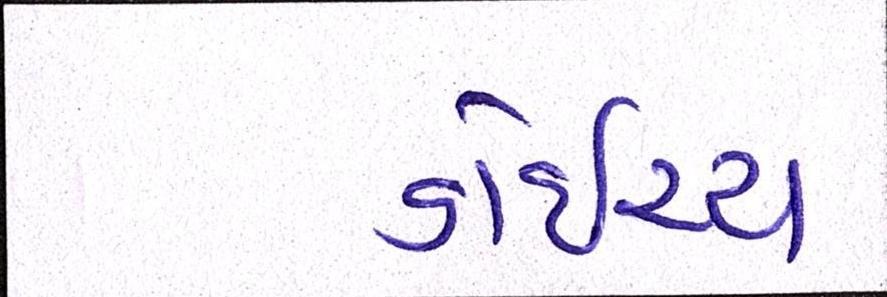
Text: ડોઇચ્ચ